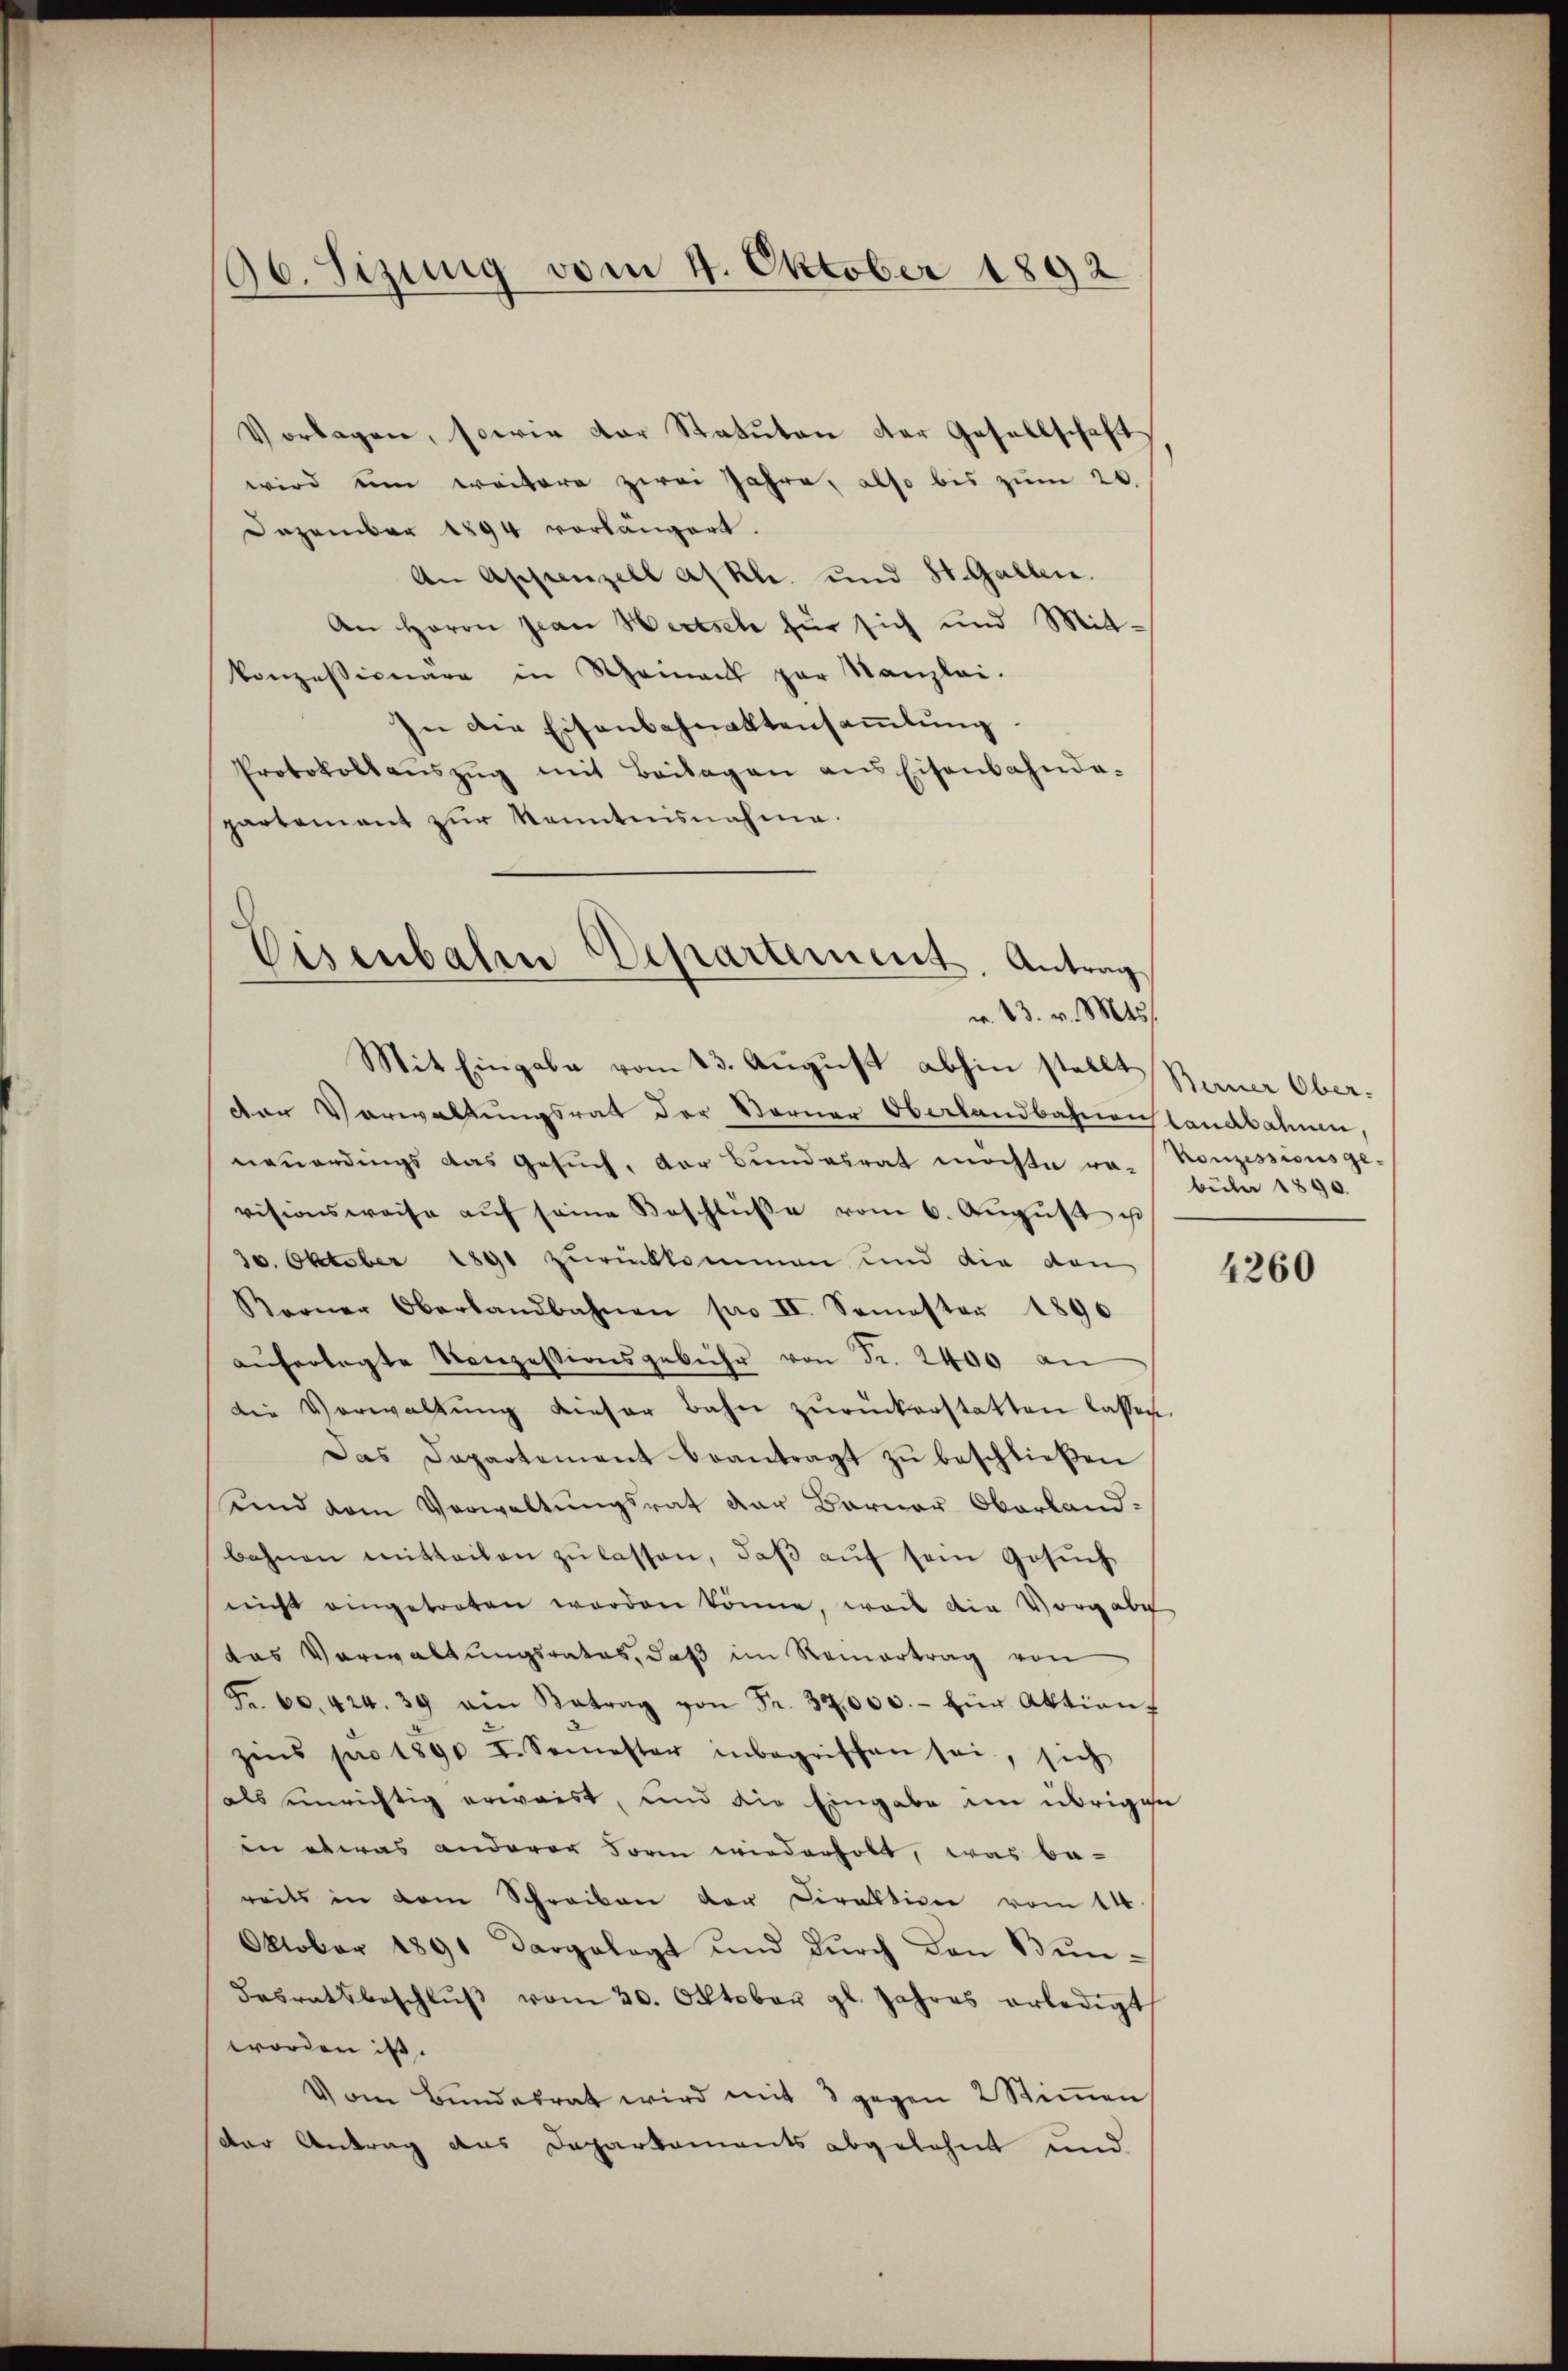
96. Sizung vom 4. Oktober 1892

Vorlagen, sowie der Statuten der Gesellschaft
wird um weitere zwei Jahre, also bis zum 20.
Dezember 1894 vorlängert.
An Appenzell a/Rh. und St. Gallen.
An Herrn Jean Wertsch für sich und Mitt-
konzessionäre in Scheinant par Kanzlei-
In die Eisenbahnaktensammlung
Protokoll aŭszŭg mit Beilagen ans Eisenbahnde-
partamant zŭr Kenntnisnahme.

Eisenbahn Departement. Antrag
m. 13. v. Mts.

Mit Eingabe vom 13. August abhin stellt Seiner Ober¬

Der Verwaltungsrat der Sterner Oberlandbahnen Landbahnen,
neuerdings das Gesuch, der Bundesrat möchte ra- Konzessionsge-
visionsweise aŭf seine Beschlüβe vom 6. Aŭgŭst ist
30. Oktober 1891 zurückkommen und die von
Berner Oberbandbahnen pro II. Semester 1890
aŭferlegte Konzessionsgebühr von Fr. 2400 an
die Verwaltŭng dieser Bahn zŭrückerstatten lassen.
Das Departement beantragt zŭ beschließen
sind vom Verwaltungsrat der Barner Oberland-
bahnen mitteilen zŭ lassen, daβ aŭf sein Gesŭch
nicht eingetreten worden könne, wo die Vorgabe
das Verwaltungsrates, daß im Reinertrag von
Fr. 60. 424. 39 ein Betrag von Fr. 32,000.- für Aktion
zins pro 1890 I. Semester inbegriffen sei, sich
als einrichtig erwaist, und die Eingabe im übrigen
in etwas anderer Form wiederholt, was be-
reits in dem Schreiben der Direktion vom 14.
Oktober 1891 dargelegt und durch den Bun¬
Fasratsbeschlŭβ vom 30. Oktober gl. Jahres erledigt
worden ist.
Vom Bundesrat wird mit 8 gegen 2 Stimmen
der Antrag aus Deparkaments abgelehnt und

büber 1890.

4260